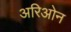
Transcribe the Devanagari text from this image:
अरिओन